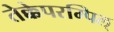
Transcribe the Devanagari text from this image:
तेक्केपरम्पिल्